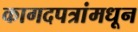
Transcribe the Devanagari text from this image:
कागदपत्रांमधून